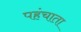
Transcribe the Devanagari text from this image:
पहंचाता